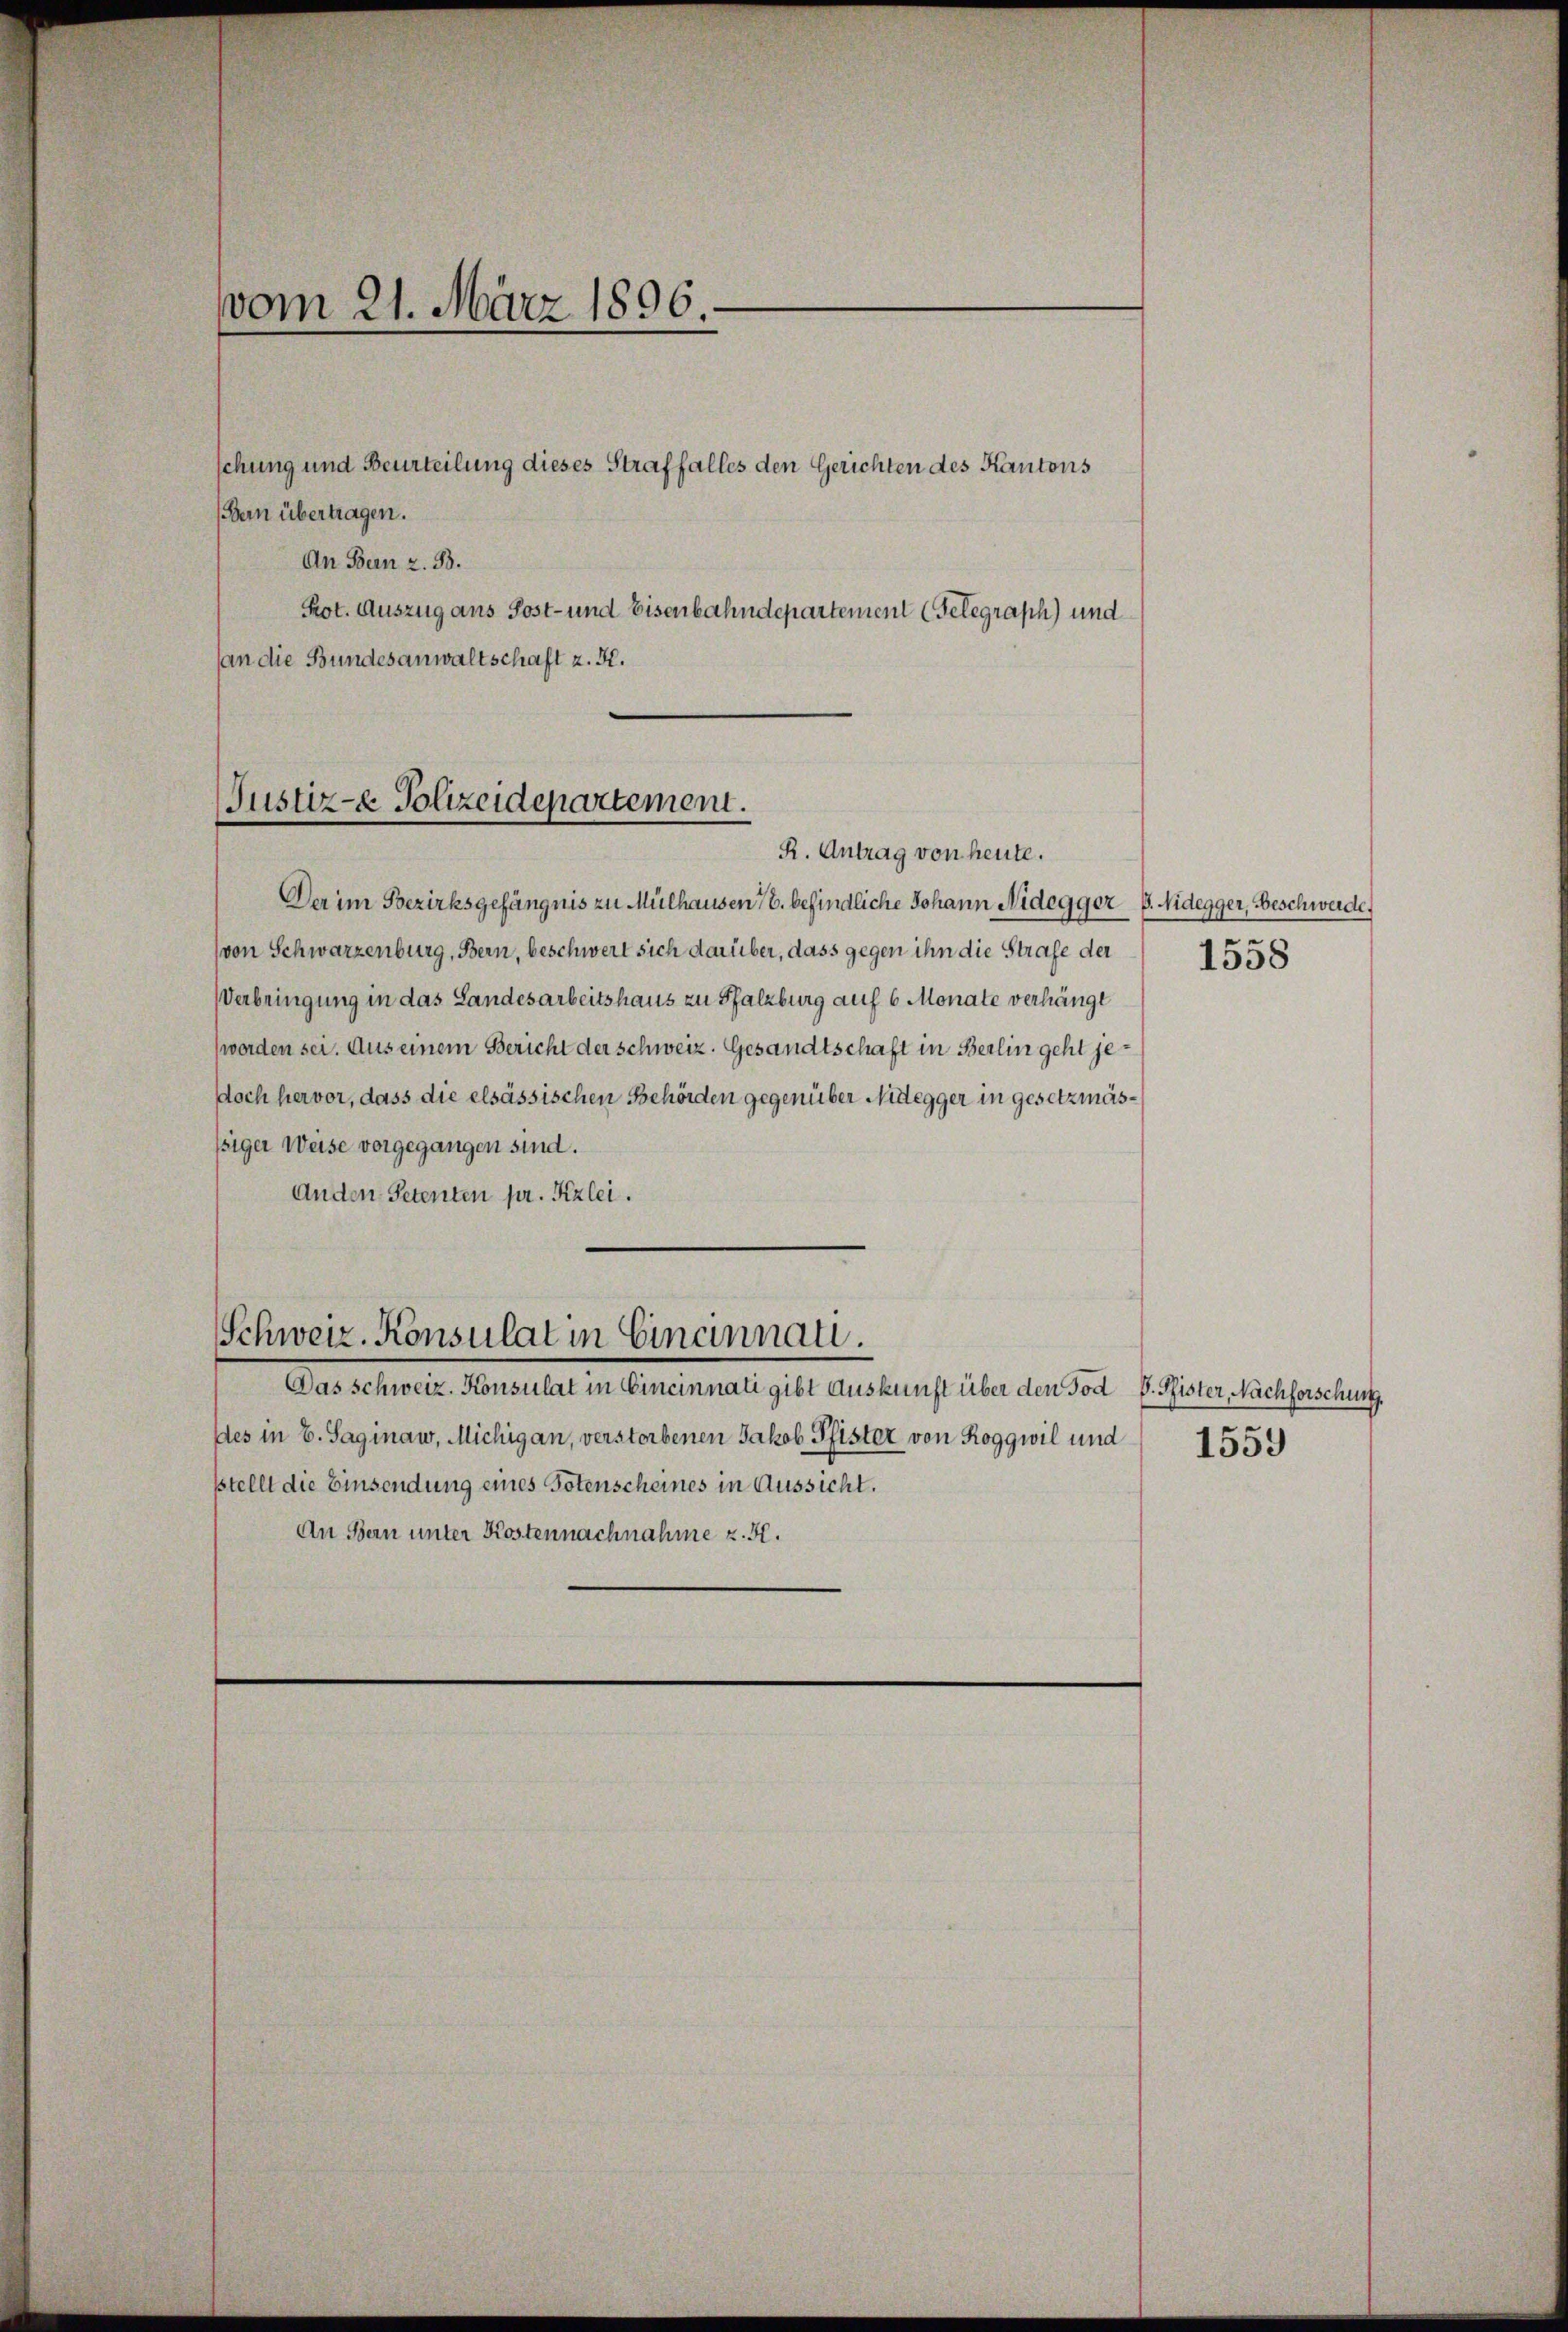
vom 21. März 1896.

(Bern übertragen.
An Bern z. B.
Prot. Auszug aus Post- und Eisenbahndepartement (Telegraph) und
(an die Bundesanwaltschaft z. K.

schung und Beurteilung dieses Straffalles den Gerichten des Kantons

Justiz- & Polizeidepartement.

Der im Bezirksgefängnis zu Mülhausen 16. befindliche Johann Nidegger B. Nidegger, Beschwerde
von Schwarzenburg, Bern, beschwert sich darüber, dass gegen ihn die Strafe der
Verbringung in das Landesarbeitshaus zu Pfalzburg auf 6 Monate verhängt
worden sei. Aus einem Bericht der schweiz. Gesandtschaft in Berlin geht jedoch hervor, dass die elsässischen Behörden gegenüber Nidegger in gesetzmässsiger Weise vorgegangen sind.
Anden Petenten pr. Kzlei.

Schweiz. Konsulat in Einamnati

Das Schweiz. Konsulat in Cincinnati gibt Auskunft über den Tod D. Pfister, Nachforschust.
des in E. Saginaw, Michigan, verstorbenen Jakob Pfister von Roggwil und
stellt die Einsendung eines Totenscheines in Aussicht.
An Bern unter Kostennachnahme z. B.

R. Antrag von heute.

1558

1559